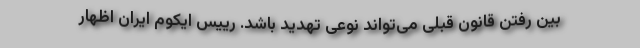
بین رفتن قانون قبلی می‌تواند نوعی تهدید باشد. رییس ایکوم ایران اظهار